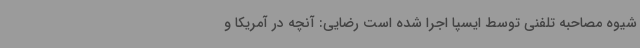
شیوه مصاحبه تلفنی توسط ایسپا اجرا شده است رضایی: آنچه در آمریکا و